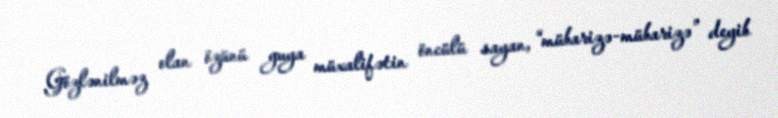
Gözlənilməz olan özünü guya müxalifətin öncülü sayan, “mübarizə-mübarizə” deyib